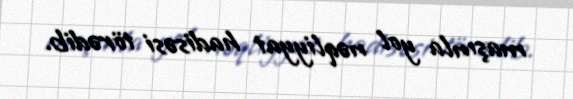
maşınla yol nəqliyyat hadisəsi törədib.